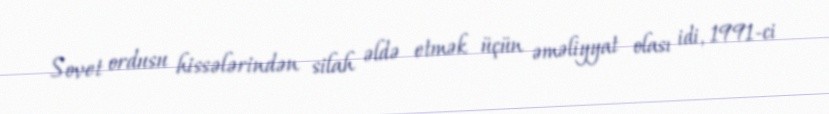
Sovet ordusu hissələrindən silah əldə etmək üçün əməliyyat olası idi, 1991-ci